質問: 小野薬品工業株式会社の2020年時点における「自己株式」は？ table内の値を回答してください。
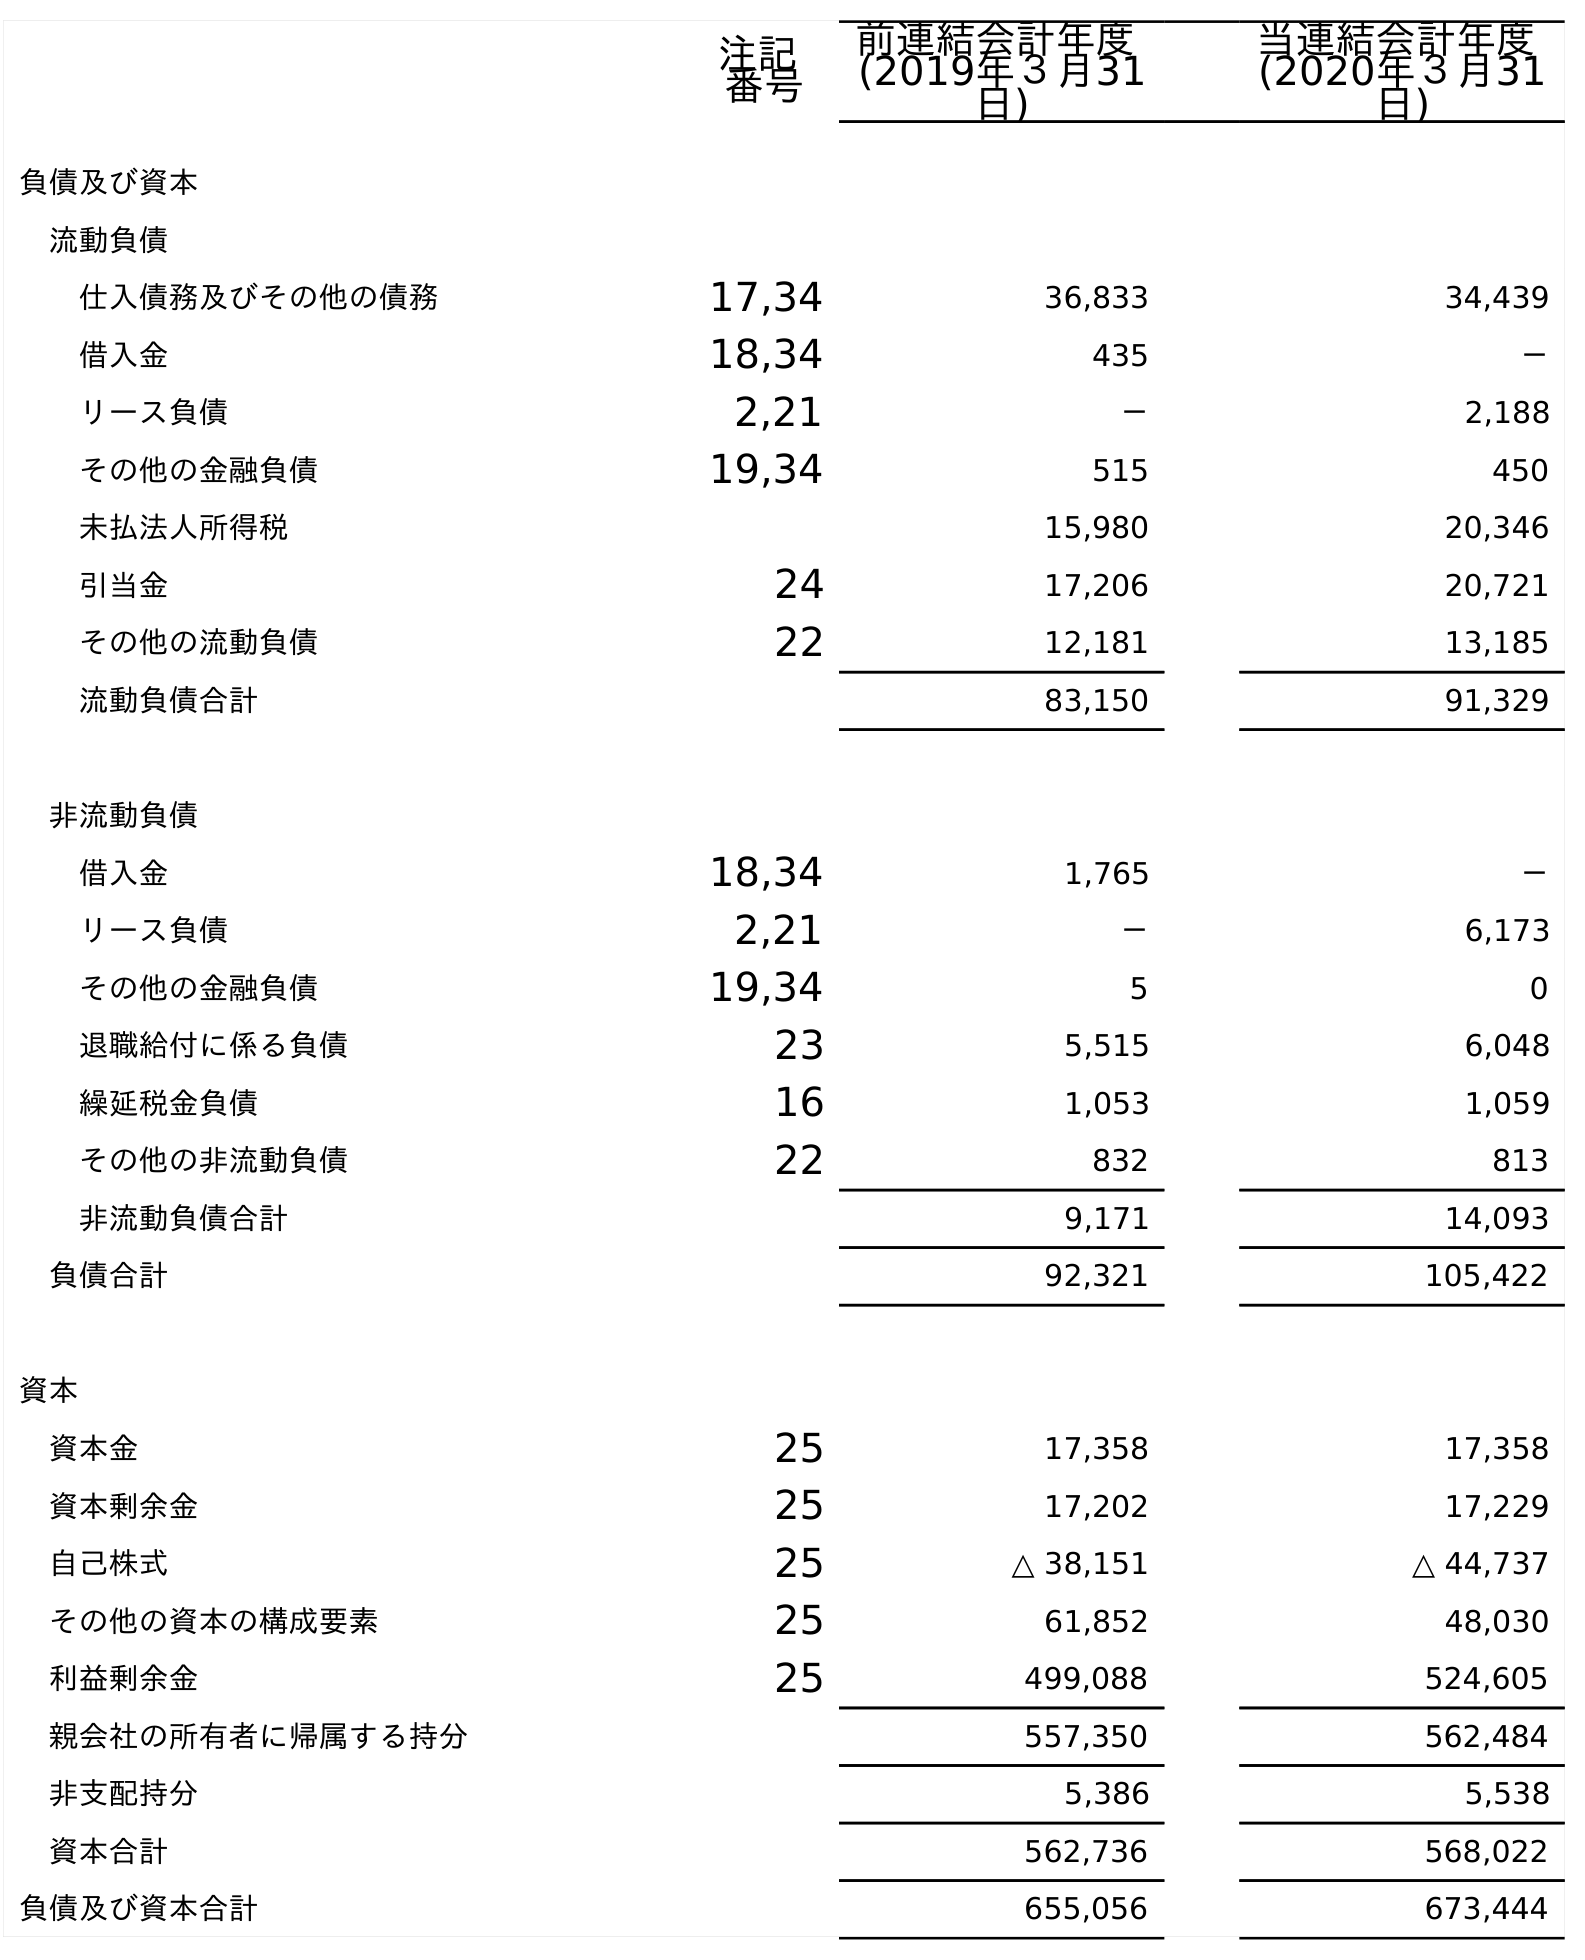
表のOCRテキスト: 注記 番号 前連結会計年度 (2019年３月31 日) 当連結会計年度 (2020年３月31 日) 負債及び資本 流動負債 仕入債務及びその他の債務 17,34 36,833 34,439 借入金 18,34 435 － リース負債 2,21 － 2,188 その他の金融負債 19,34 515 450 未払法人所得税 15,980 20,346 引当金 24 17,206 20,721 その他の流動負債 22 12,181 13,185 流動負債合計 83,150 91,329 非流動負債 借入金 18,34 1,765 － リース負債 2,21 － 6,173 その他の金融負債 19,34 5 0 退職給付に係る負債 23 5,515 6,048 繰延税金負債 16 1,053 1,059 その他の非流動負債 22 832 813 非流動負債合計 9,171 14,093 負債合計 92,321 105,422 資本 資本金 25 17,358 17,358 資本剰余金 25 17,202 17,229 自己株式 25 △ 38,151 △ 44,737 その他の資本の構成要素 25 61,852 48,030 利益剰余金 25 499,088 524,605 親会社の所有者に帰属する持分 557,350 562,484 非支配持分 5,386 5,538 資本合計 562,736 568,022 負債及び資本合計 655,056 673,444
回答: △44,737